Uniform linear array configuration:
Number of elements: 24
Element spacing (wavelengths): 0.5
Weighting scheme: hamming
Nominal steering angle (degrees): -60
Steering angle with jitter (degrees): -60.099
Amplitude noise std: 0.05
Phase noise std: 0.05

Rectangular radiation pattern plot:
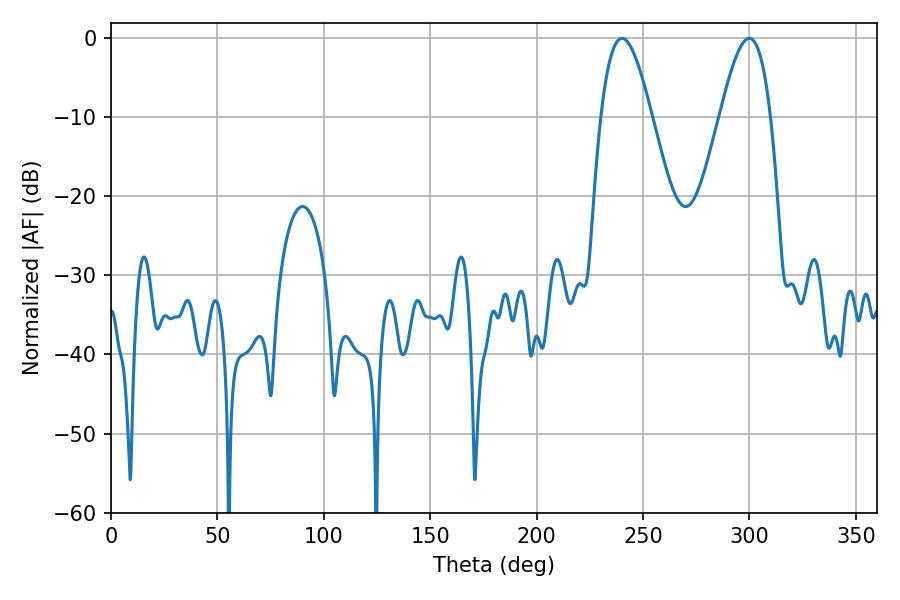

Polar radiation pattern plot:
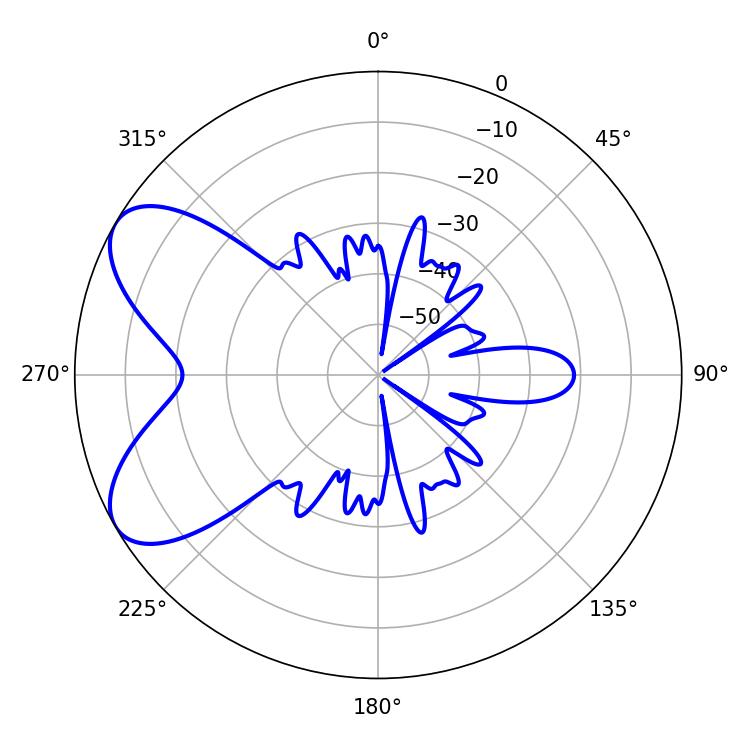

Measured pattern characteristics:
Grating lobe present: FALSE
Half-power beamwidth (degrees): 12.78
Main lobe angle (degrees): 240.12